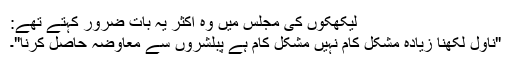
لیکھکوں کی مجلس میں وہ اکثر یہ بات ضرور کہتے تھے:
"ناول لکھنا زیادہ مشکل کام نہیں مشکل کام ہے پبلشروں سے معاوضہ حاصل کرنا"۔